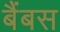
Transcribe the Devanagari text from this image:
बैंबस